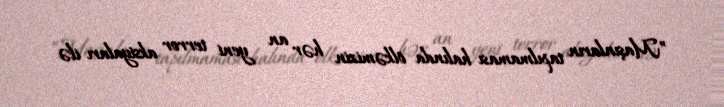
”Maşınların tapılmaması halında ölkəmizin hər an yeni terror aksiyaları ilə